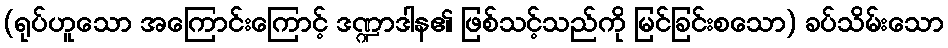
(ရုပ်ဟူသော အကြောင်းကြောင့် ဒဏ္ဍာဒါန၏ ဖြစ်သင့်သည်ကို မြင်ခြင်းစသော) ခပ်သိမ်းသော